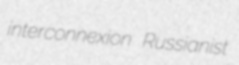
interconnexion Russianist